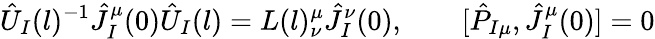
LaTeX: {\hat{U}}_{I}(l)^{-1}{\hat{J}}_{I}^{\mu}(0){\hat{U}}_{I}(l)=L(l)_{\nu}^{\mu}{\hat{J}}_{I}^{\nu}(0),\qquad[{\hat{P}}_{I\mu},{\hat{J}}_{I}^{\mu}(0)]=0